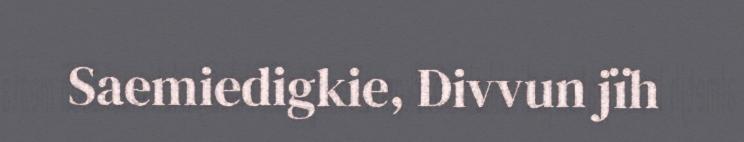
Saemiedigkie, Divvun jïh